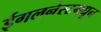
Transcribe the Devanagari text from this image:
ईगलनेस्टमधून